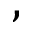
,